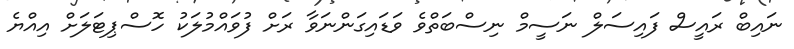
ނައިބް ރައީސް ފައިސަލް ނަސީމް ނިސްބަތްވެ ވަޑައިގަންނަވާ ރަށް ފުވައްމުލަކު ހޮސްޕިޓަލަށް އިއްޔެ